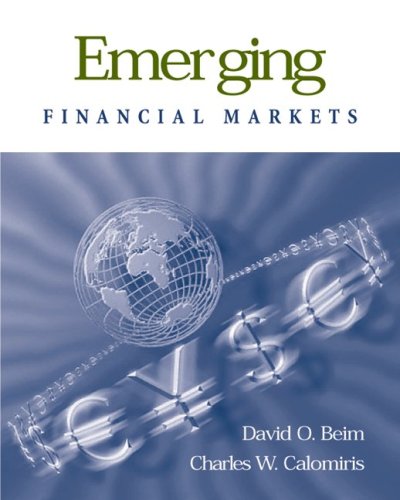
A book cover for Emerging Financial Markets; David Beim; Business & Money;